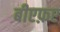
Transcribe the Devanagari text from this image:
बीएफ़ए